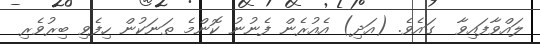
ލައްވާފައިވާ  ގައެވެ. (އަދި) އެއުރެން ފެނުނު ކޮންމެ ތަނަކުން ހިފެވި ބިރުވެރި